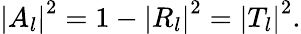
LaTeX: \left|A_{l}\right|^{2}=1-\left|R_{l}\right|^{2}=\left|T_{l}\right|^{2}.